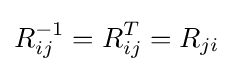
R_{ij}^{-1}=R_{ij}^{T}=R_{ji}